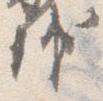
輔